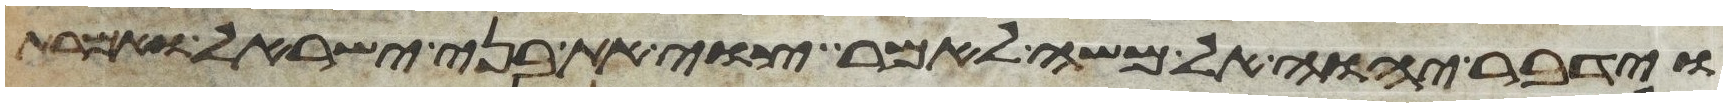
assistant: וידבר יהוה אל משה לאמר צוי את בני ישראל ואמרת